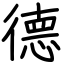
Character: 德